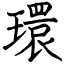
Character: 環